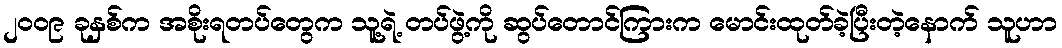
၂၀၀၉ ခုနှစ်က အစိုးရတပ်တွေက သူ့ရဲ့ တပ်ဖွဲ့ကို ဆွပ်တောင်ကြားက မောင်းထုတ်ခဲ့ပြီးတဲ့နောက် သူဟာ